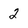
Character: 2